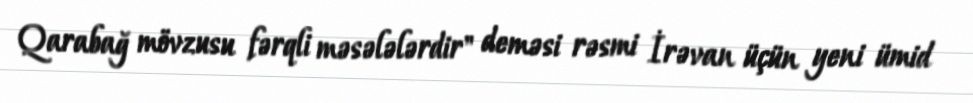
Qarabağ mövzusu fərqli məsələlərdir" deməsi rəsmi İrəvan üçün yeni ümid